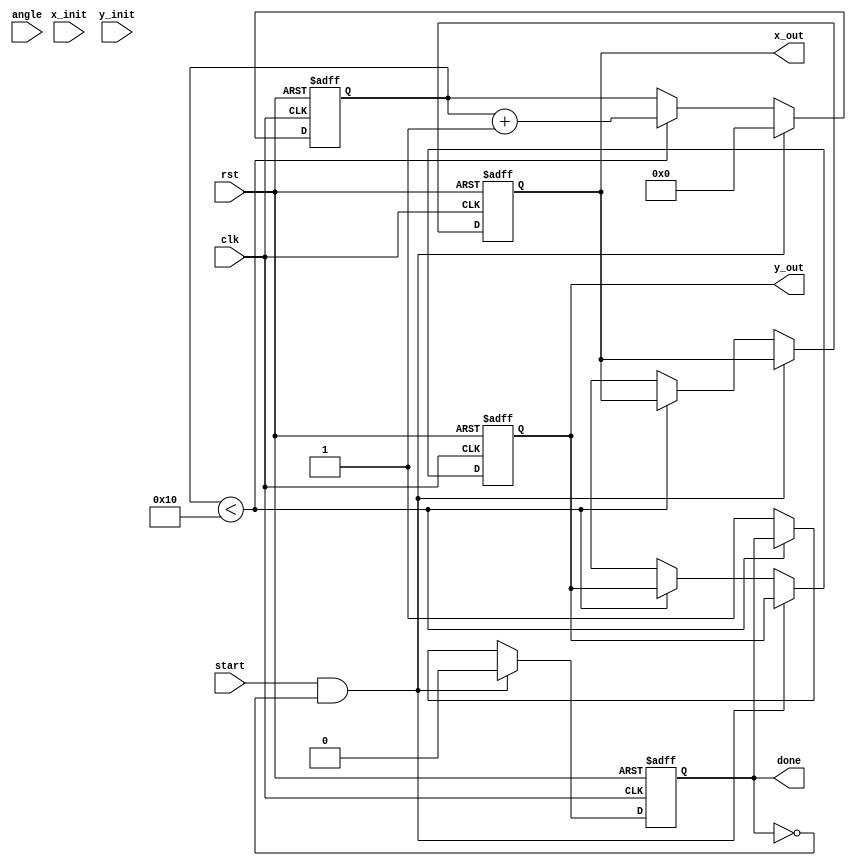
module cordic #(
    parameter DATA_WIDTH = 16,   // Input data width
    parameter ITERATIONS = 16     // Number of CORDIC iterations
) (
    input wire clk,
    input wire rst,
    input wire start,
    input wire signed [DATA_WIDTH-1:0] angle, // Input angle 
    input wire signed [DATA_WIDTH-1:0] x_init, // Initial x vector
    input wire signed [DATA_WIDTH-1:0] y_init, // Initial y vector
    output reg signed [DATA_WIDTH-1:0] x_out,   // Output x
    output reg signed [DATA_WIDTH-1:0] y_out,   // Output y
    output reg done
);

    reg signed [DATA_WIDTH-1:0] x[0:ITERATIONS-1];
    reg signed [DATA_WIDTH-1:0] y[0:ITERATIONS-1];
    reg signed [DATA_WIDTH-1:0] z[0:ITERATIONS-1];
    reg [4:0] count;                   // Counter for iterations
    reg signed [DATA_WIDTH-1:0] atan_table [0:ITERATIONS-1]; // Lookup table for atan values

    initial begin
        // Precompute arctan(2^-i) values for CORDIC
        atan_table[0] = 16'h26DD; // atan(2^0)
        atan_table[1] = 16'h1DAC; // atan(2^-1)
        atan_table[2] = 16'h1A3D; // atan(2^-2)
        atan_table[3] = 16'h1635; // atan(2^-3)
        atan_table[4] = 16'h0F9B; // atan(2^-4)
        atan_table[5] = 16'h0C9A; // atan(2^-5)
        atan_table[6] = 16'h0A5C; // atan(2^-6)
        atan_table[7] = 16'h0527; // atan(2^-7)
        atan_table[8] = 16'h0283; // atan(2^-8)
        atan_table[9] = 16'h013D; // atan(2^-9)
        atan_table[10] = 16'h00A9; // atan(2^-10)
        atan_table[11] = 16'h0054; // atan(2^-11)
        atan_table[12] = 16'h002A; // atan(2^-12)
        atan_table[13] = 16'h0015; // atan(2^-13)
        atan_table[14] = 16'h000A; // atan(2^-14)
        atan_table[15] = 16'h0005; // atan(2^-15)
    end

    always @(posedge clk or posedge rst) begin
        if (rst) begin
            count <= 0;
            done <= 0;
            x_out <= 0;
            y_out <= 0;
        end else if (start && !done) begin
            // Initialize
            x[0] <= x_init;
            y[0] <= y_init;
            z[0] <= angle;
            done <= 0;
            count <= 0;
        end else if (count < ITERATIONS) begin
            // CORDIC iterations
            if (z[count][DATA_WIDTH-1] == 1'b0) begin // Positive Angle
                x[count + 1] <= x[count] - (y[count] >>> count);
                y[count + 1] <= y[count] + (x[count] >>> count);
                z[count + 1] <= z[count] - atan_table[count];
            end else begin // Negative Angle
                x[count + 1] <= x[count] + (y[count] >>> count);
                y[count + 1] <= y[count] - (x[count] >>> count);
                z[count + 1] <= z[count] + atan_table[count];
            end
            count <= count + 1;
        end else begin
            // After all iterations are complete
            x_out <= x[ITERATIONS];
            y_out <= y[ITERATIONS];
            done <= 1;
        end
    end
endmodule